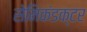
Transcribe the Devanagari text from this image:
सेमिकंडक्टर